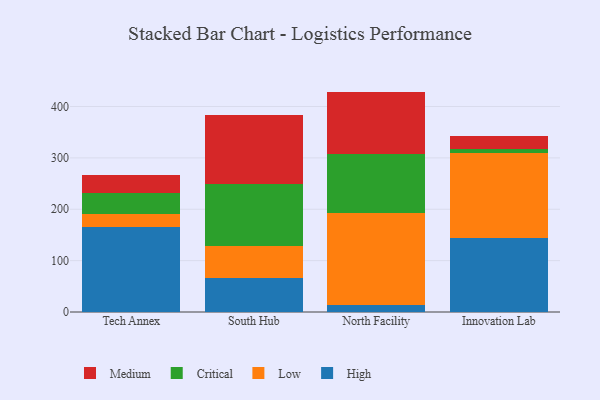
{"axis": {"x": "Campus", "y": "Tickets Resolved"}, "legend": ["Critical", "High", "Low", "Medium"], "data": [{"x": "Tech Annex", "y": 164.8, "type": "High"}, {"x": "Tech Annex", "y": 26.9, "type": "Low"}, {"x": "Tech Annex", "y": 40.3, "type": "Critical"}, {"x": "Tech Annex", "y": 34.7, "type": "Medium"}, {"x": "South Hub", "y": 67.1, "type": "High"}, {"x": "South Hub", "y": 61.2, "type": "Low"}, {"x": "South Hub", "y": 121.6, "type": "Critical"}, {"x": "South Hub", "y": 133.6, "type": "Medium"}, {"x": "North Facility", "y": 13.3, "type": "High"}, {"x": "North Facility", "y": 179.6, "type": "Low"}, {"x": "North Facility", "y": 115.2, "type": "Critical"}, {"x": "North Facility", "y": 120.9, "type": "Medium"}, {"x": "Innovation Lab", "y": 144.9, "type": "High"}, {"x": "Innovation Lab", "y": 164.5, "type": "Low"}, {"x": "Innovation Lab", "y": 7.0, "type": "Critical"}, {"x": "Innovation Lab", "y": 26.5, "type": "Medium"}]}